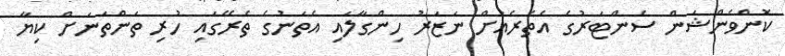
ކޮންވެންޝަން ސެންޓަރުގެ އެތެރެއަށް ނަޒަރު ހިންގާލައި އެތަނުގެ ތެރޭގައި ހުރި ތަންތަނަށް ކިޔާ